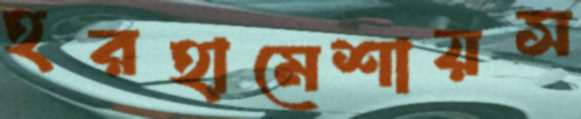
হরহামেশায়স